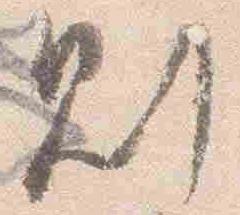
則